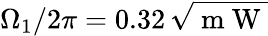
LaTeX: \Omega_{1}/2\pi=0.32\, \sqrt{\mathrm{~m~W~}}